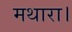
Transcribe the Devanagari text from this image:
मथारा।